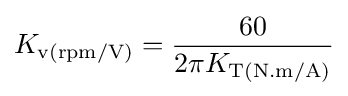
K_{\text{v(rpm/V)}}={\frac {60}{2\pi K_{\text{T(N.m/A)}}}}